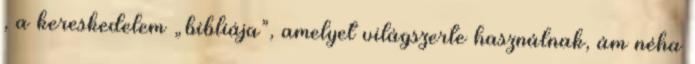
, a kereskedelem „bibliája”, amelyet világszerte használnak, ám néha